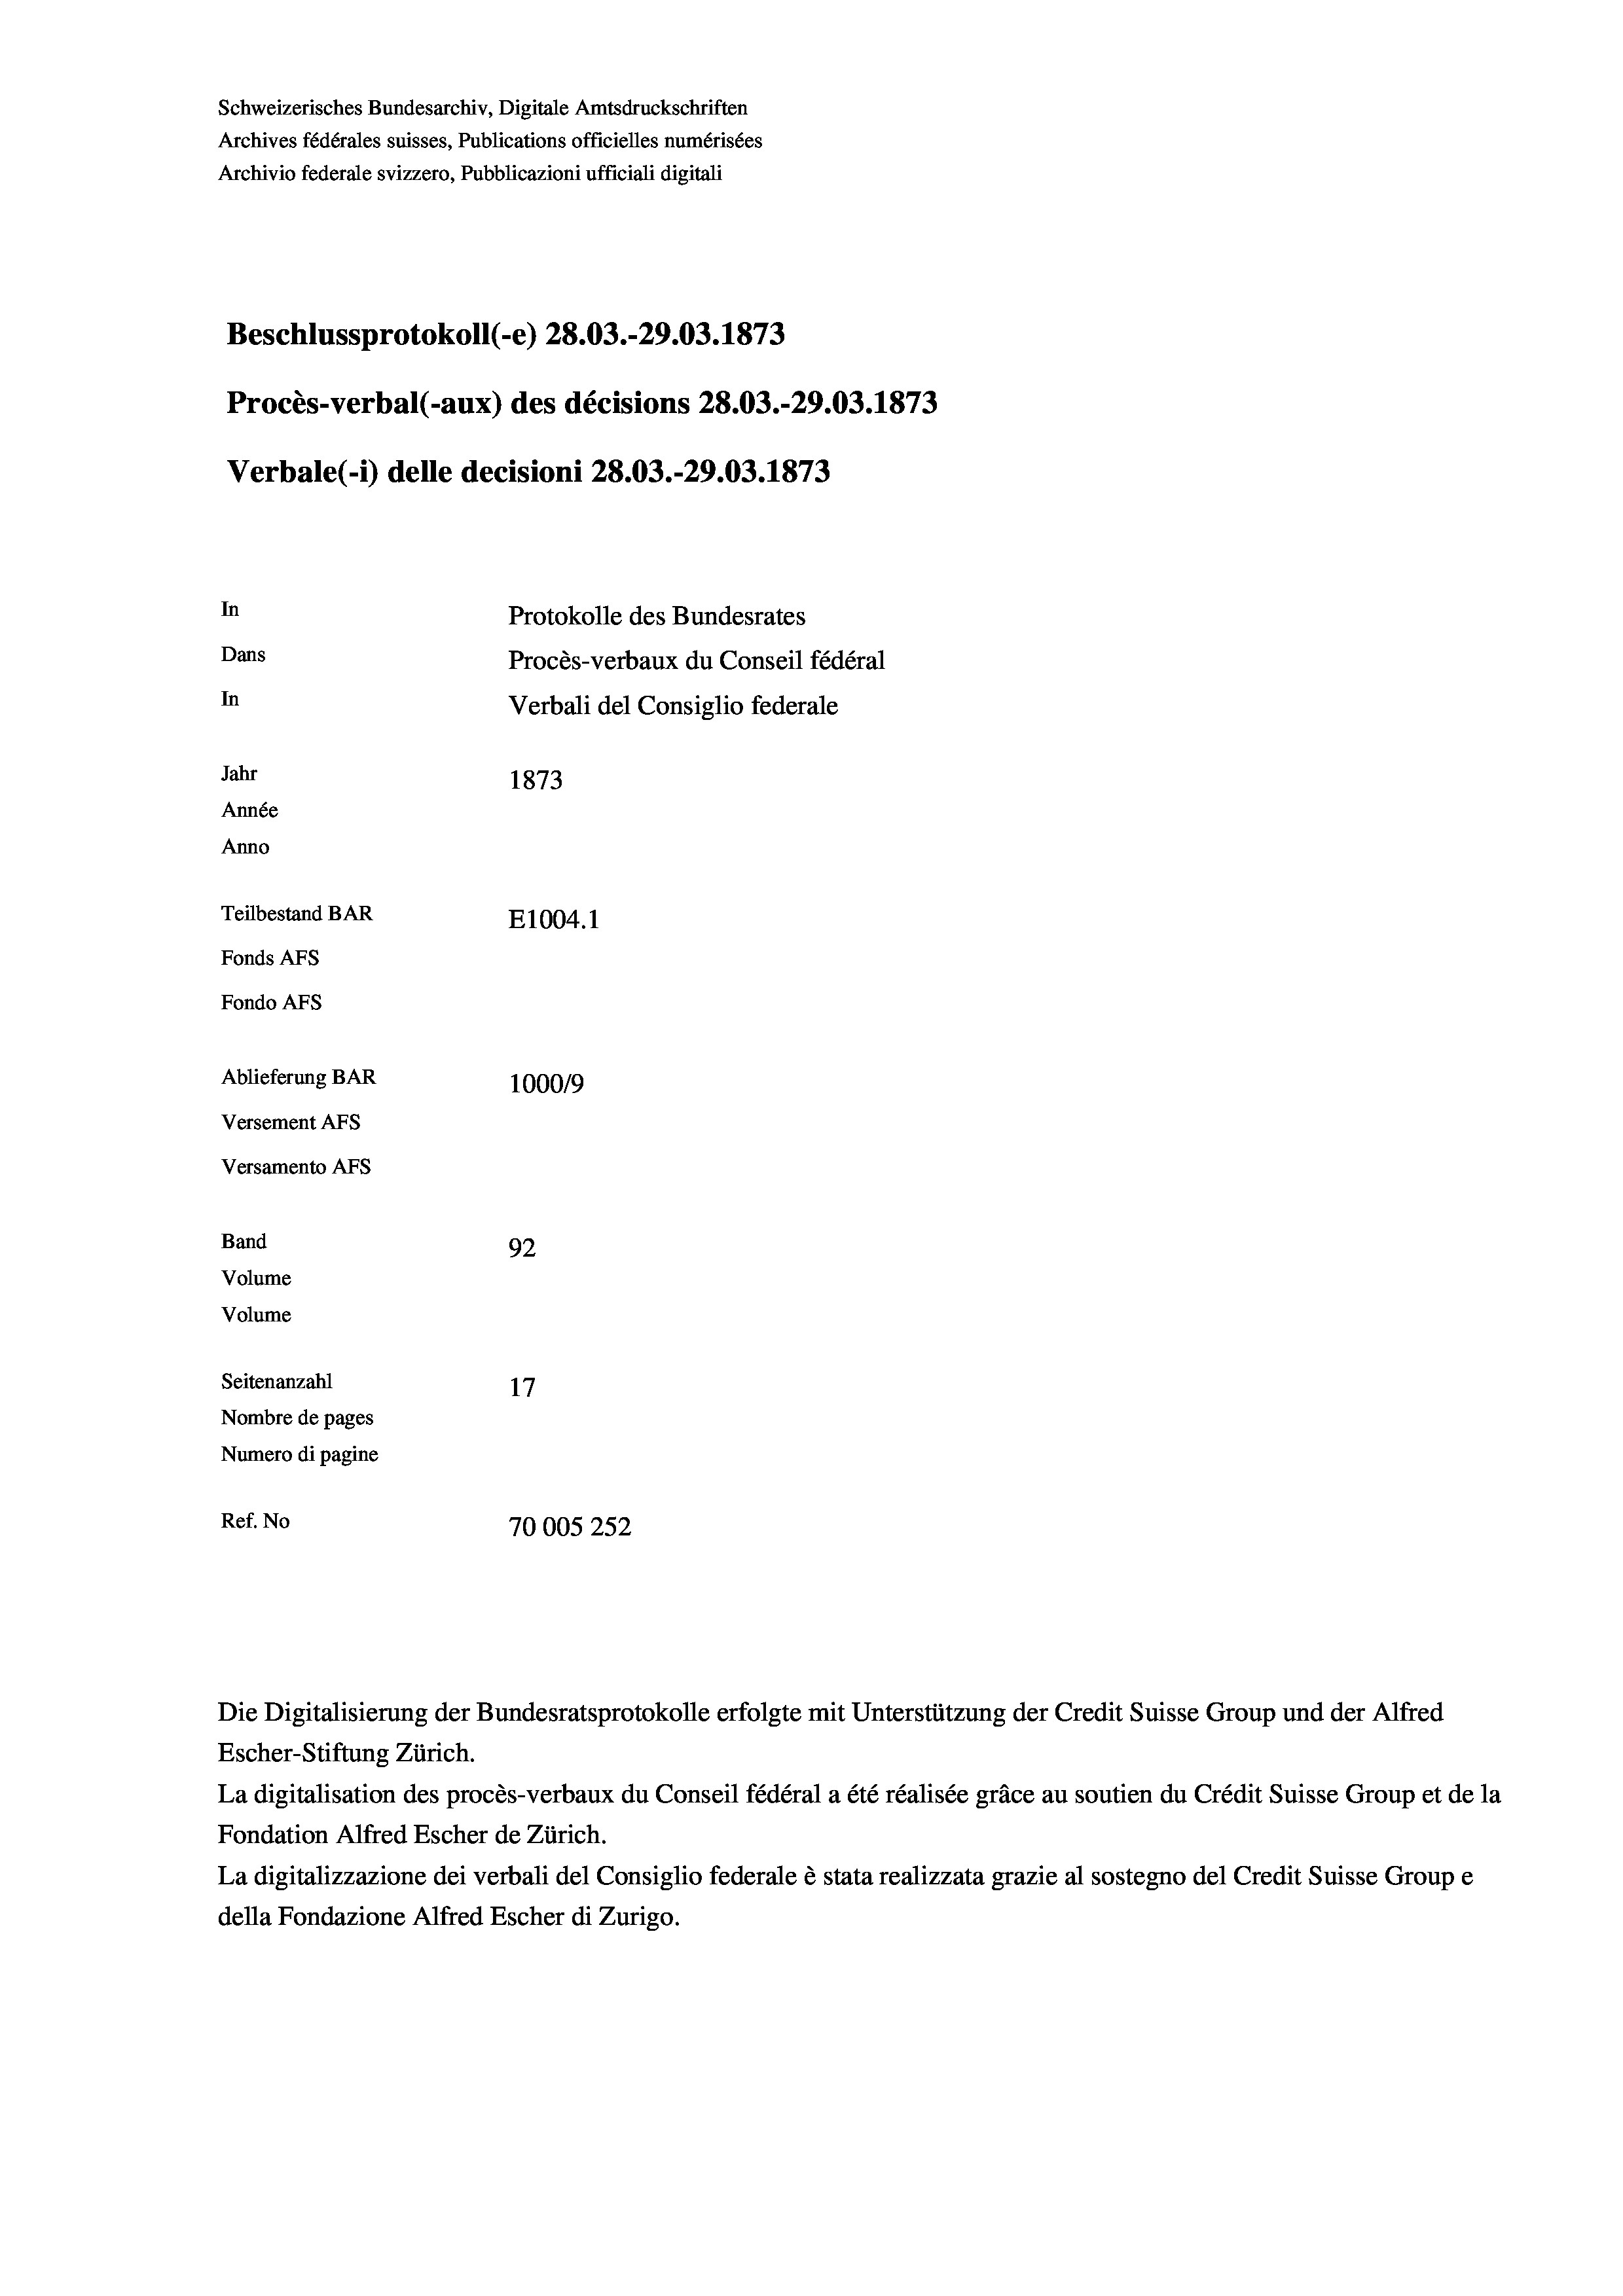
Schweizerisches Bundesarchiv, Digitale Amtsdruckschriften
Archives fédérales suisses, Publications officielles numérisées
Archivio federale svizzero, Pubblicazioni ufficiali digitali
Beschlussprotokoll (-e) 28.03.-29.03. 1873
Procès-verbal (-aux) des décisions 28.03.-29.03. 1873
Verbale (i) delle decisioni 28.03.-29.03. 1873
In
Protokolle des Bundesrates
Dans
Procès-verbaux du Conseil fédéral
In
Verbali del Consiglio federale
Jahr
1873
Année
Anno
Teilbestand BAR
E1004. 1
Fonds AFs
Fondo AFS
Ablieferung BAR
100019
Versement AFs
Versamento AFs

Band

92
Volume
Volume
Seitenanzahl
Nombre de pages
Numero di pagine
Ref. No
70005 252

Escher-Stiftung Zürich.
La digitalisation des procès-verbaux du Conseil fédéral a été réalisée gräce au soutien du Crédit Suisse Group et de la
Fondation Alfred Escher de Zürich.
La digitalizzazione dei verbali del Consiglio federale è stata realizzata grazie al sostegno del Credit Suisse Groupe
della Fondazione Alfred Escher di Zurigo.

Die Digitalisierung der Bundesratsprotokolle erfolgte mit Unterstützung der Credit Suisse Group und der Alfred